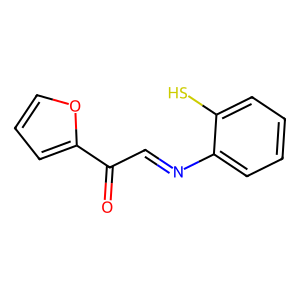
SMILES: O=C(C=Nc1ccccc1S)c1ccco1
Inhibits HIV replication: No